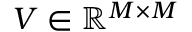
V \in \mathbb { R } ^ { M \times M }